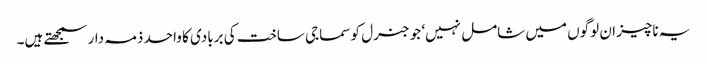
یہ ناچیز ان لوگوں میں شامل نہیں‘ جو جنرل کو سماجی ساخت کی بربادی کا واحد ذمہ دار سمجھتے ہیں۔